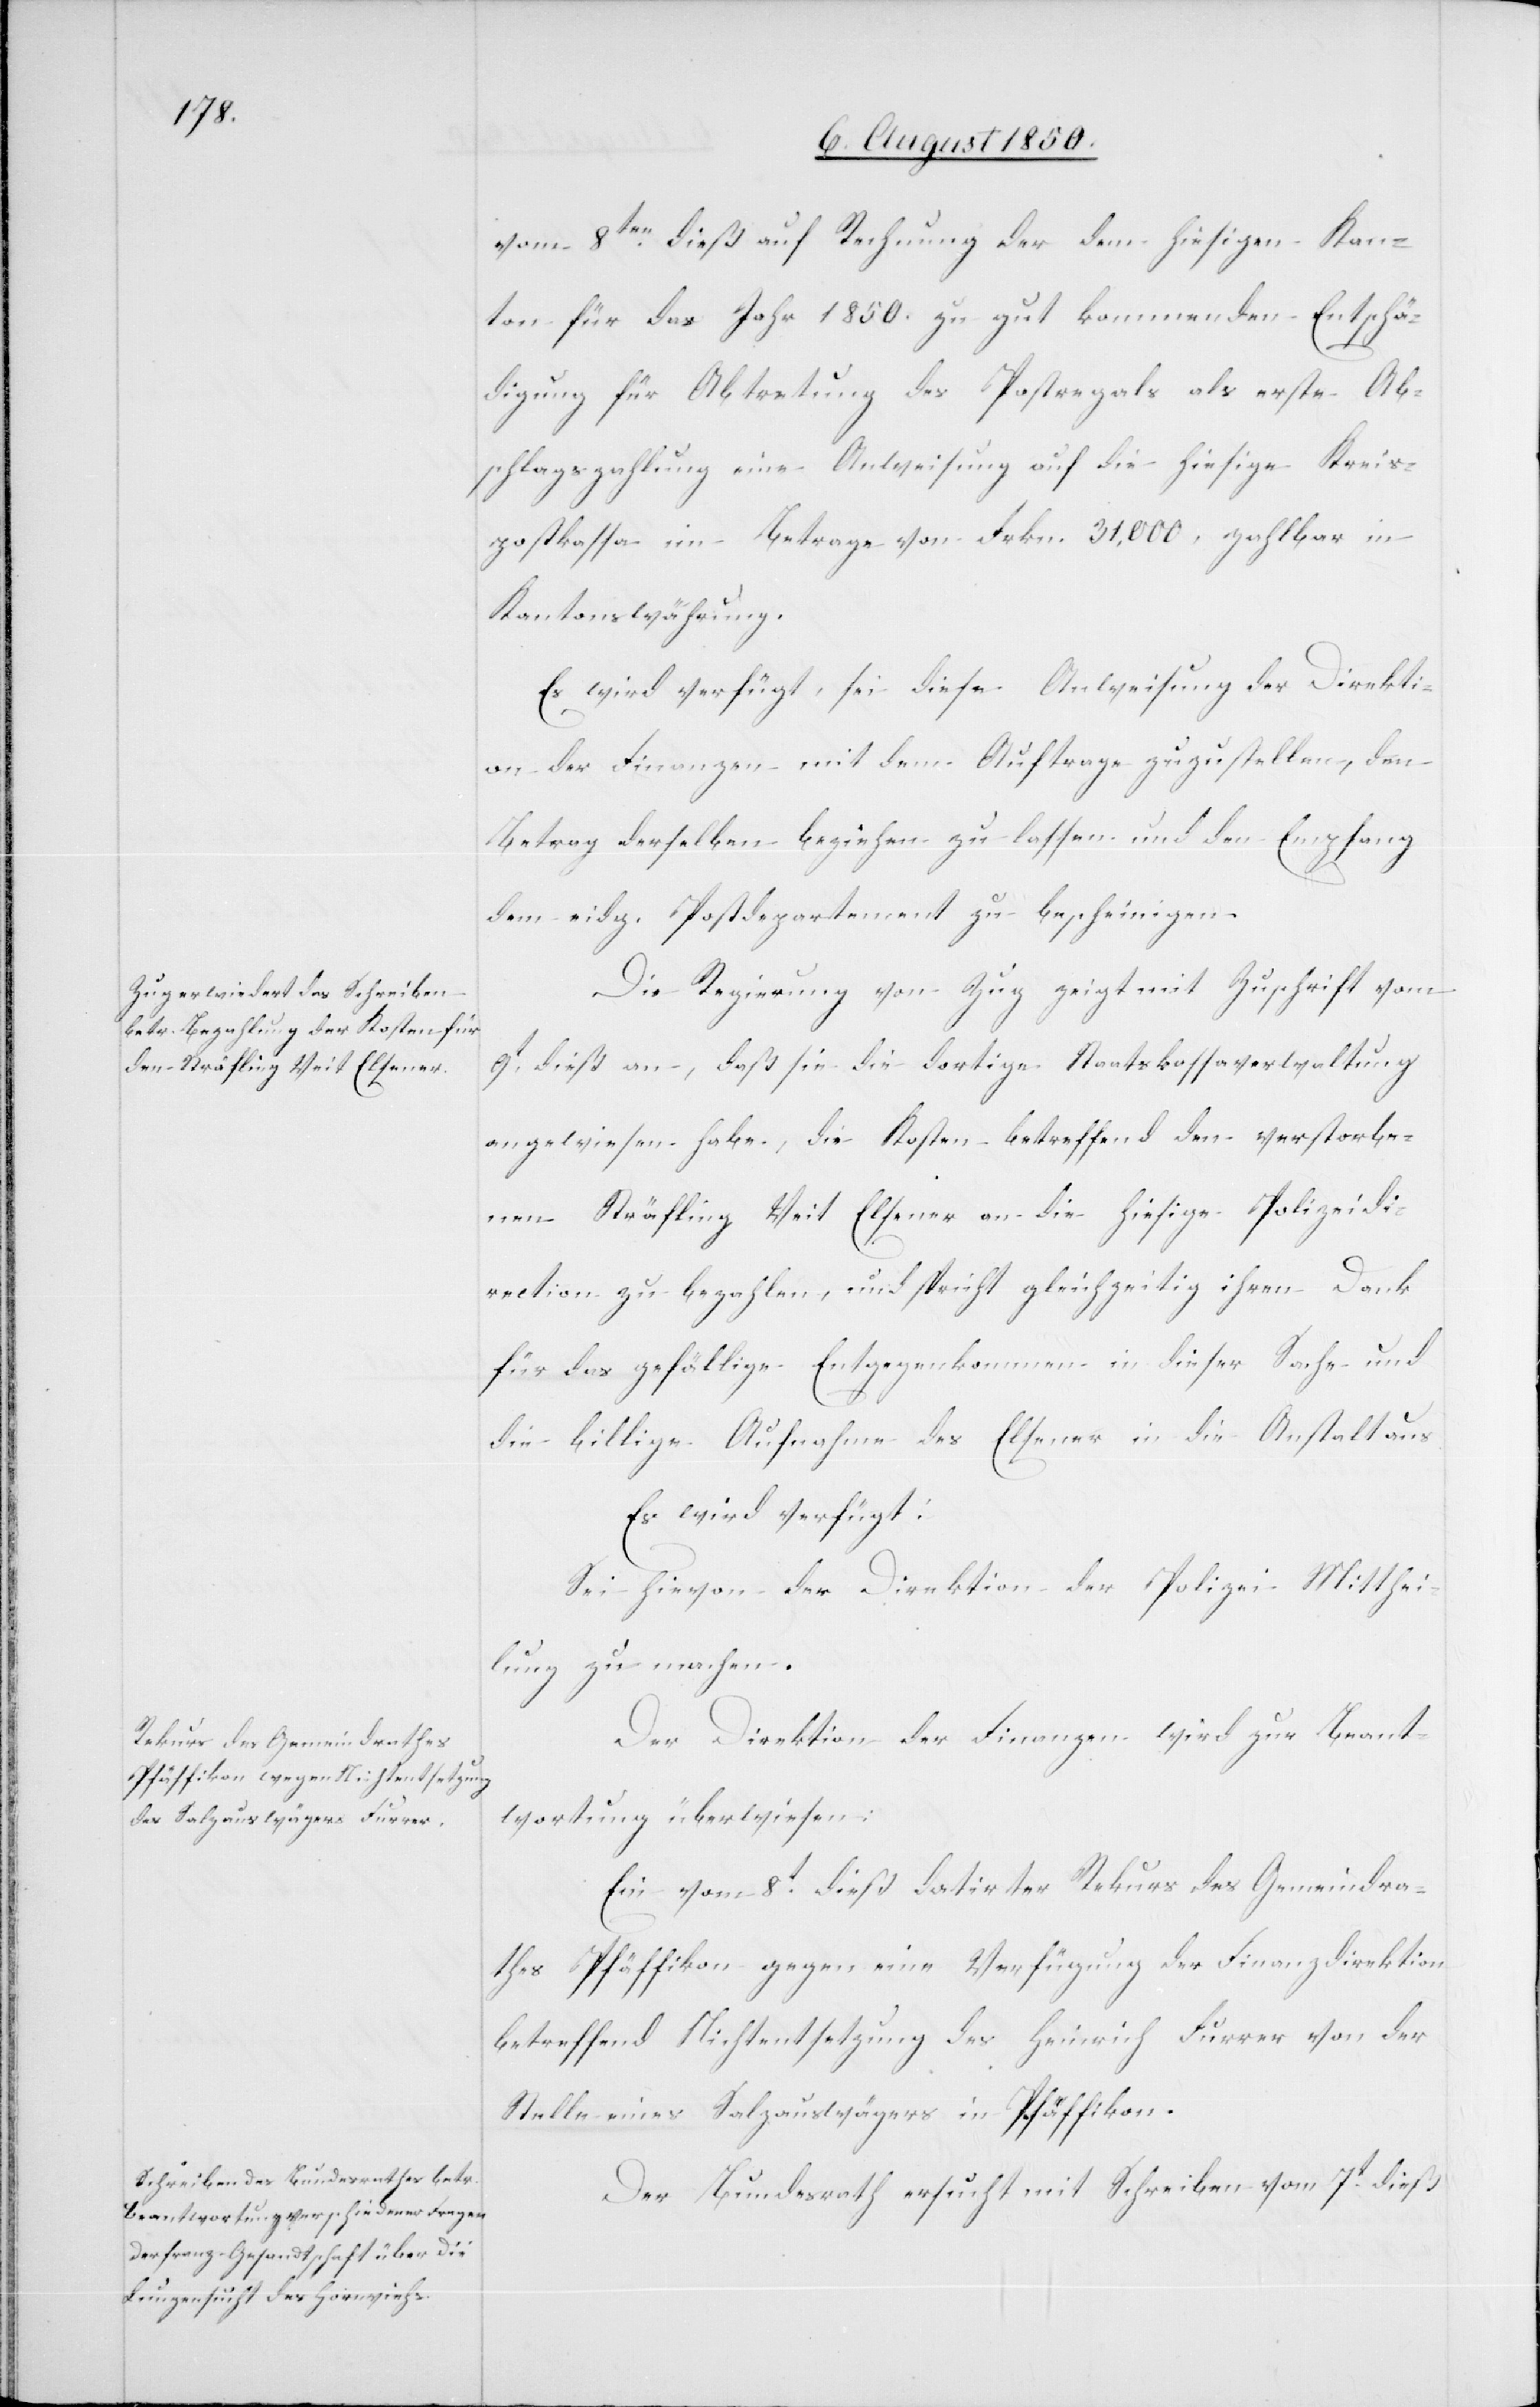
vom 8ten dieß auf Rechnung der dem hiesigen Kan¬
ton für das Jahr 1850. zu gut kommenden Entschä¬
digung für Abtretung des Postregals als erste Ab¬
schlagszahlung eine Anweisung auf die hiesige Kreis¬
postkassa im Betrage von Frkn. 31,000, zahlbar in
Kantonswährung.
Es wird verfügt, sei diese Anweisung der Direkti¬
on der Finanzen mit dem Auftrage zuzustellen, den
Betrag derselben beziehen zu lassen und den Empfang
dem eidg. Postdepartement zu bescheinigen.
Die Regierung von Zug zeigt mit Zuschrift vom
9t dieß an, daß sie die dortige Staatskassaverwaltung
angewiesen habe, die Kosten betreffend den verstorbe¬
nen Sträfling Veit Elsener an die hiesige Polizeidi¬
rection zu bezahlen, und spricht gleichzeitig ihren Dank
für das gefällige Entgegenkommen in dieser Sache und
die billige Aufnahme des Elsener in die Anstalt aus
Es wird verfügt:
Sei hievon der Direktion der Polizei Mitthei¬
lung zu machen.
Der Direktion der Finanzen wird zur Beant¬
wortung überwiesen:
Ein vom 8t dieß datirter Rekurs des Gemeindra¬
thes Pfäffikon gegen eine Verfügung der Finanzdirektion
betreffend Nichtentsetzung des Heinrich Furrer von der
Stelle eines Salzauswägers in Pfäffikon.
Der Bundesrath ersucht mit Schreiben vom 7t dieß